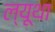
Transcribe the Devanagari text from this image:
ल्यूथा